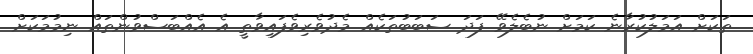
ތަކަށް އަމަލުކުރާނެ ކަމަށް ނުބެލެވޭ ފަދަ ސަބަބުތަކެއް މެދުވެރިވެފައިވާތީ އެ އެއްބަސްވުންތައް ނިމުމަކަށް